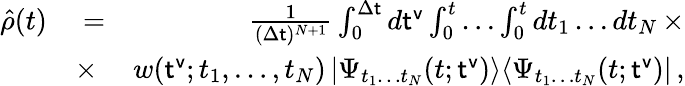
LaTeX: \begin{array}{rlr}{\hat{\rho}(t)}&{{}=}&{\frac{1}{(\Delta{\sf t})^{N+1}}\int_{0}^{\Delta{\sf t}}d{\sf t^{v}}\int_{0}^{t}\dots\int_{0}^{t}dt_{1}\dots dt_{N}\, \times}\\ {~~}&{{}\times}&{w({\sf t^{v}};t_{1},\dots,t_{N})\, |\Psi_{t_{1}\dots t_{N}}(t;{\sf t^{v}})\rangle\langle\Psi_{t_{1}\dots t_{N}}(t;{\sf t^{v}})|\, ,}\end{array}